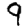
Digit: 9